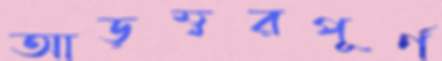
আড়ম্বরপূর্ণ